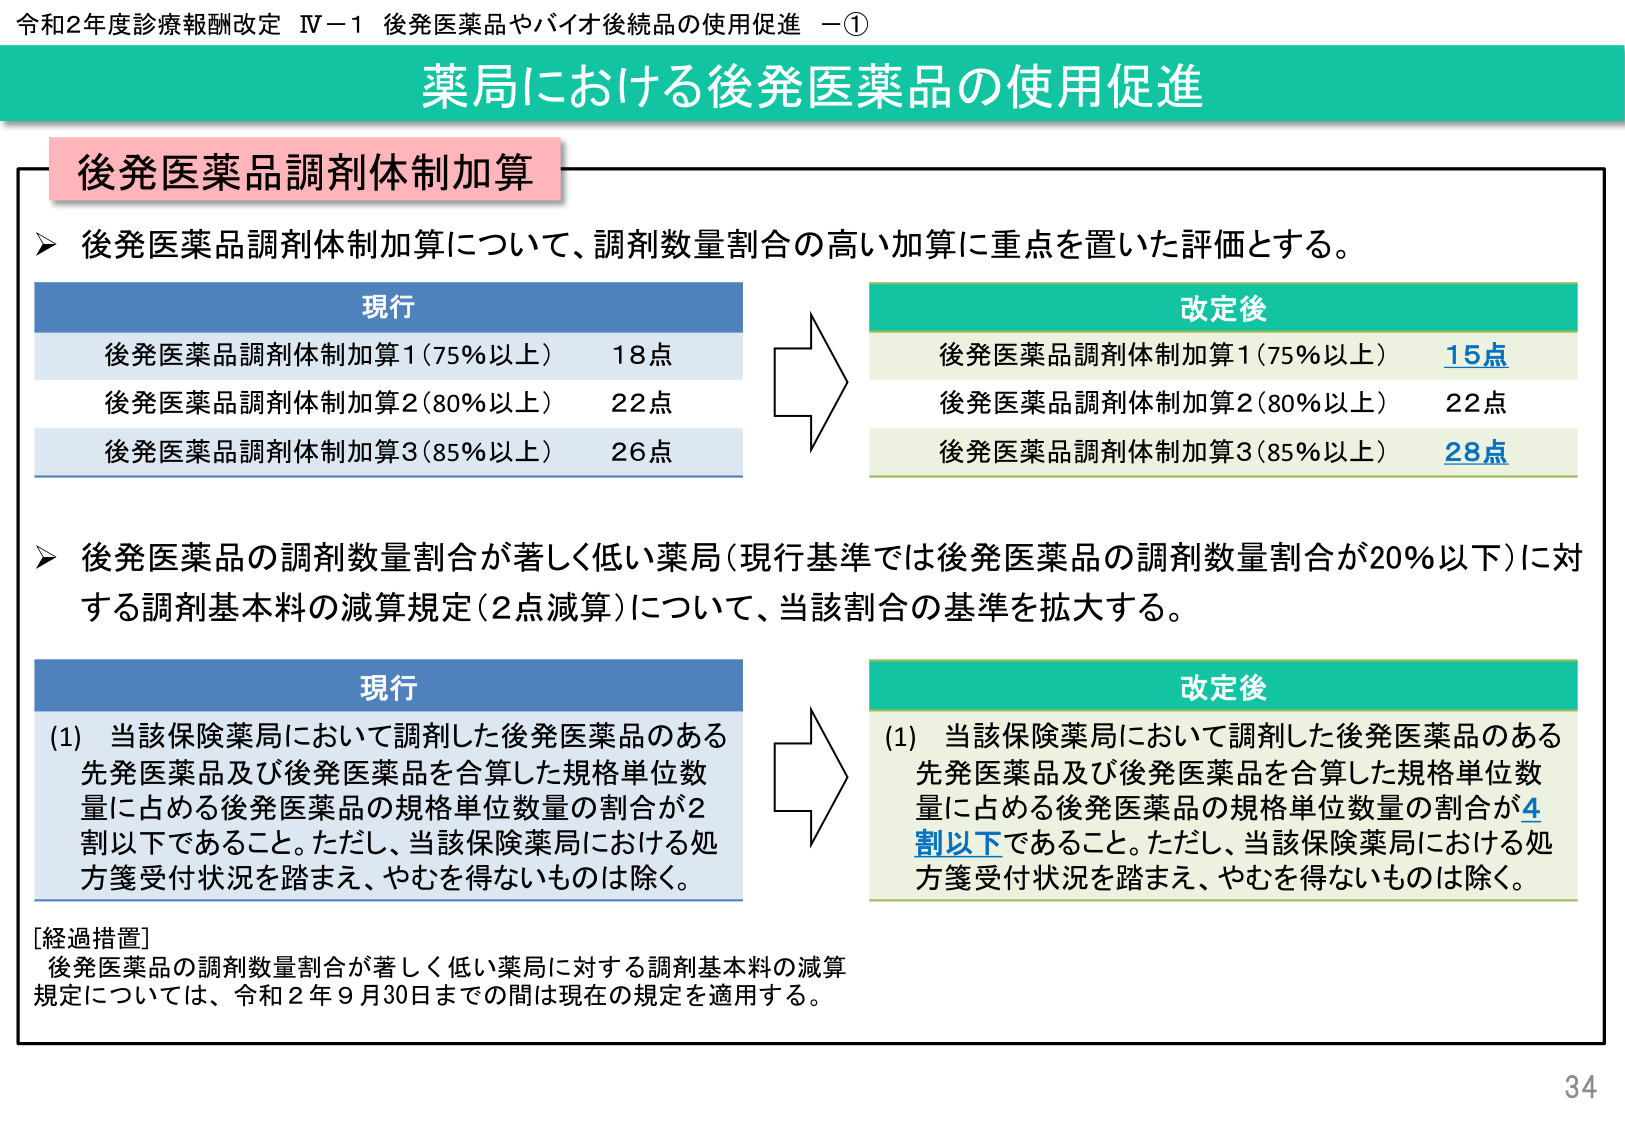
令和2年度診療報酬改定 IV－1 後発医薬品やバイオ後続品の使用促進 －①
薬局における後発医薬品の使用促進

後発医薬品調剤体制加算

▶ 後発医薬品調剤体制加算について、調剤数量割合の高い加算に重点を置いた評価とする。

現行
後発医薬品調剤体制加算1（75％以上） 18点
後発医薬品調剤体制加算2（80％以上） 22点
後発医薬品調剤体制加算3（85％以上） 26点

改定後
後発医薬品調剤体制加算1（75％以上） 15点
後発医薬品調剤体制加算2（80％以上） 22点
後発医薬品調剤体制加算3（85％以上） 28点

▶ 後発医薬品の調剤数量割合が著しく低い薬局（現行基準では後発医薬品の調剤数量割合が20％以下）に対する調剤基本料の減算規定（2点減算）について、当該割合の基準を拡大する。

現行
(1) 当該保険薬局において調剤した後発医薬品のある先発医薬品及び後発医薬品を合算した規格単位数量に占める後発医薬品の規格単位数量の割合が2割以下であること。ただし、当該保険薬局における処方箋受付状況を踏まえ、やむを得ないものは除く。

改定後
(1) 当該保険薬局において調剤した後発医薬品のある先発医薬品及び後発医薬品を合算した規格単位数量に占める後発医薬品の規格単位数量の割合が4割以下であること。ただし、当該保険薬局における処方箋受付状況を踏まえ、やむを得ないものは除く。

[経過措置]
後発医薬品の調剤数量割合が著しく低い薬局に対する調剤基本料の減算規定については、令和2年9月30日までの間は現在の規定を適用する。

34